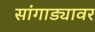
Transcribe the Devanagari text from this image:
सांगाड्यावर